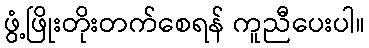
ဖွံ့ဖြိုးတိုးတက်စေရန် ကူညီပေးပါ။